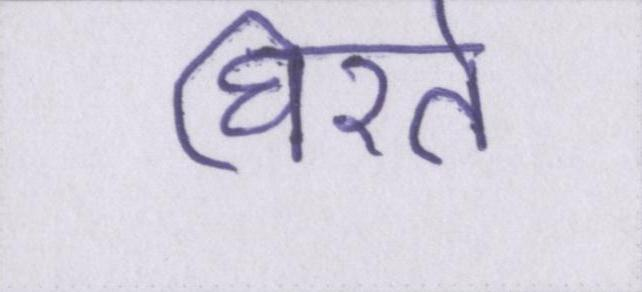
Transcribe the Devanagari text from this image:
घिरते